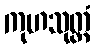
ကုဟသုတ္တံ